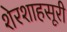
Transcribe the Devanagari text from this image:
शेरशाहसूरी